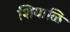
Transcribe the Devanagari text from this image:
शियाळि